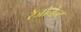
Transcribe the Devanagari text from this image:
रेजोनेन्ट